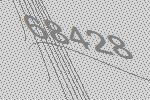
68428